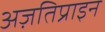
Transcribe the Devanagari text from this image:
अज़तिप्राइन